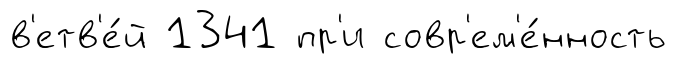
в'етв'е́й 1341 пр'и совр'ем'е́нность